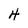
Character: 4